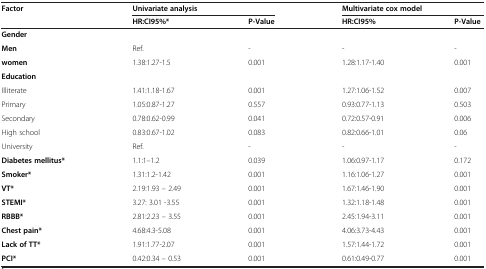
<table><thead><tr><td rowspan="2"><b>Factor</b></td><td colspan="2"><b>Univariate analysis</b></td><td colspan="2"><b>Multivariate cox model</b></td></tr><tr><td><b>HR:CI95%*</b></td><td><b>P-Value</b></td><td><b>HR:CI95%</b></td><td><b>P-Value</b></td></tr></thead><tbody><tr><td><b>Gender</b></td><td></td><td></td><td></td><td></td></tr><tr><td><b>Men</b></td><td>Ref.</td><td>-</td><td>-</td><td>-</td></tr><tr><td><b>women</b></td><td>1.38:1.27-1.5</td><td>0.001</td><td>1.28:1.17-1.40</td><td>0.001</td></tr><tr><td><b>Education</b></td><td></td><td></td><td></td><td></td></tr><tr><td>Illiterate</td><td>1.41:1.18-1.67</td><td>0.001</td><td>1.27:1.06-1.52</td><td>0.007</td></tr><tr><td>Primary</td><td>1.05:0.87-1.27</td><td>0.557</td><td>0.93:0.77-1.13</td><td>0.503</td></tr><tr><td>Secondary</td><td>0.78:0.62-0.99</td><td>0.041</td><td>0.72:0.57-0.91</td><td>0.006</td></tr><tr><td>High school</td><td>0.83:0.67-1.02</td><td>0.083</td><td>0.82:0.66-1.01</td><td>0.06</td></tr><tr><td>University</td><td>Ref.</td><td>-</td><td>-</td><td>-</td></tr><tr><td><b>Diabetes mellitus</b><b>*</b></td><td>1.1:1–1.2</td><td>0.039</td><td>1.06:0.97-1.17</td><td>0.172</td></tr><tr><td><b>Smoker</b><b>*</b></td><td>1.31:1.2-1.42</td><td>0.001</td><td>1.16:1.06-1.27</td><td>0.001</td></tr><tr><td><b>VT</b><b>*</b></td><td>2.19:1.93 – 2.49</td><td>0.001</td><td>1.67:1.46-1.90</td><td>0.001</td></tr><tr><td><b>STEMI</b><b>*</b></td><td>3.27: 3.01 -3.55</td><td>0.001</td><td>1.32:1.18-1.48</td><td>0.001</td></tr><tr><td><b>RBBB</b><b>*</b></td><td>2.81:2.23 – 3.55</td><td>0.001</td><td>2.45:1.94-3.11</td><td>0.001</td></tr><tr><td><b>Chest pain</b><b>*</b></td><td>4.68:4.3-5.08</td><td>0.001</td><td>4.06:3.73-4.43</td><td>0.001</td></tr><tr><td><b>Lack of TT</b><b>*</b></td><td>1.91:1.77-2.07</td><td>0.001</td><td>1.57:1.44-1.72</td><td>0.001</td></tr><tr><td><b>PCI</b><b>*</b></td><td>0.42:0.34 – 0.53</td><td>0.001</td><td>0.61:0.49-0.77</td><td>0.001</td></tr></tbody></table>